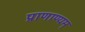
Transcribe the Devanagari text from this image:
प्राणाण्यम्